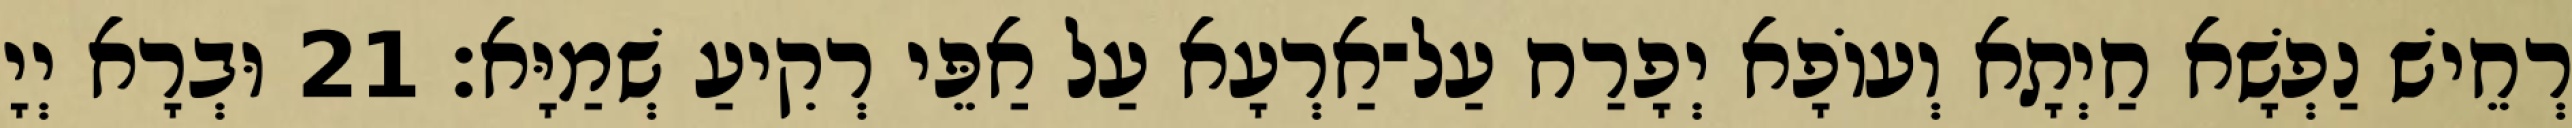
רְחֵישׁ נַפְשָׁא חַיְתָא וְעוֹפָא יְפָרַח עַל־אַרְעָא עַל אַפֵּי רְקִיעַ שְׁמַיָּא׃ 21 וּבְרָא יְיָ